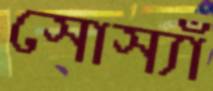
সোস্যাঁ